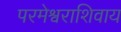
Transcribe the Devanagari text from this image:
परमेश्वराशिवाय